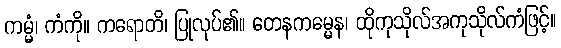
ကမ္မံ၊ ကံကို။ ကရောတိ၊ ပြုလုပ်၏။ တေနကမ္မေန၊ ထိုကုသိုလ်အကုသိုလ်ကံဖြင့်။